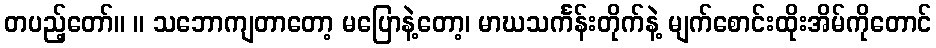
တပည့်တော်။ ။ သဘောကျတာတော့ မပြောနဲ့တော့၊ မာဃသင်္ကန်းတိုက်နဲ့ မျက်စောင်းထိုးအိမ်ကိုတောင်